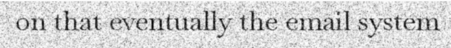
on that eventually the email system